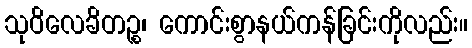
သုဝိလေခိတဉ္စ၊ ကောင်းစွာနယ်ကန်ခြင်းကိုလည်း။